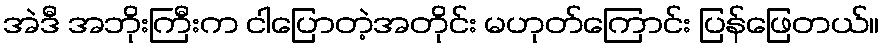
အဲဒီ အဘိုးကြီးက ငါပြောတဲ့အတိုင်း မဟုတ်ကြောင်း ပြန်ဖြေတယ်။